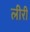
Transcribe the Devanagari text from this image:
लीरी